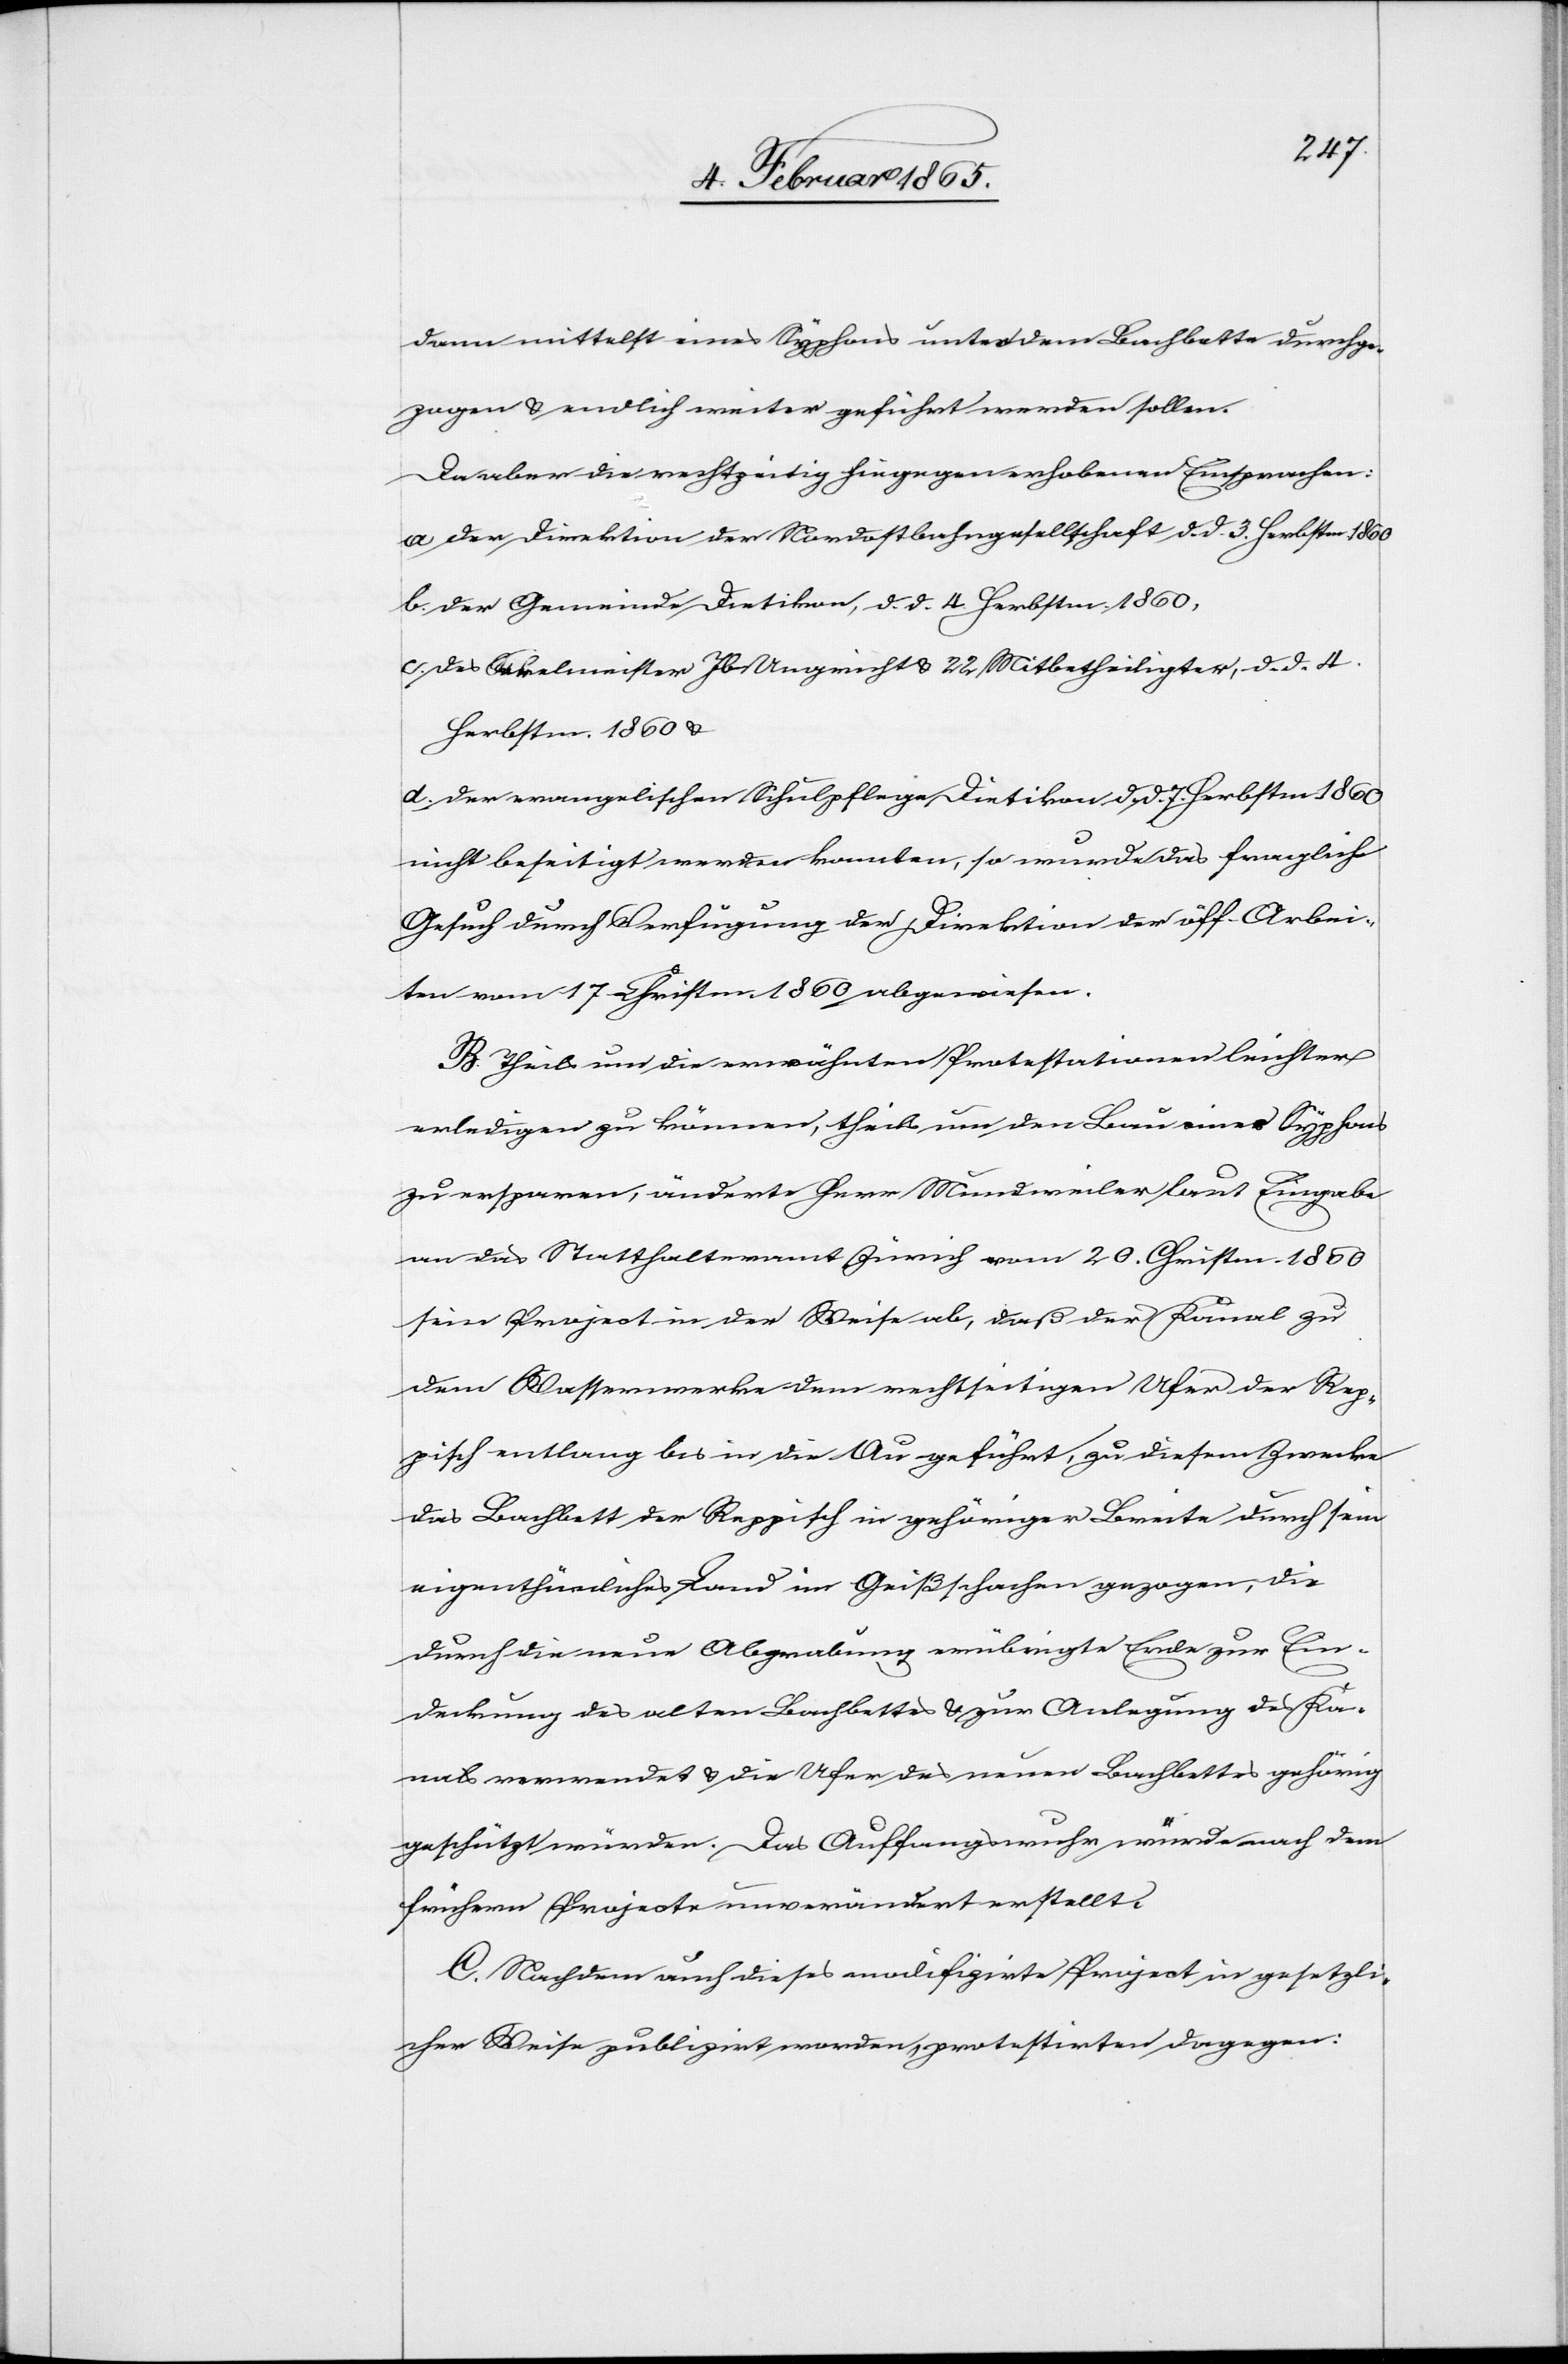
dann mittelst eines Syphons unter dem Bachbette durchge¬
zogen u. endlich weiter geführt werden sollen.
Da aber die rechtzeitig hiegegen erhobenen Einsprachen:
a. der Direktion der Nordostbahngesellschaft d. d. 3. Herbstm. 1860
b. der Gemeinde Dietikon, d. d. 4. Herbstm. 1860.
c. des Sekelmeister Jb Ungricht u. 22 Mitbetheiligter, d. d. 4.
Herbstm. 1860 u.
d. der evangelischen Schulpflege Dietikon d. d. 7. Herbstm. 1860
nicht beseitigt werden konnten, so wurde das fragliche
Gesuch durch Verfügung der Direktion der öff. Arbei¬
ten vom 17. Christm. 1860 abgewiesen.
B. Theils um die erwähnten Protestationen leichter
erledigen zu können, theils um den Bau eines Syphons
zu ersparen, änderte Herr Mundweiler laut Eingabe
an das Statthalteramt Zürich vom 20. Christm. 1860
sein Project in der Weise ab, daß der Kanal zu
dem Wasserwerke dem rechtseitigen Ufer der Rep¬
pisch entlang bis in die Au geführt, zu diesem Zwecke
das Bachbett der Reppisch in gehöriger Breite durch sein
eigenthümliches Land in Geißschachen gezogen, die
durch die neue Abgrabung erübrigte Erde zur Ein¬
deckung des alten Bachbettes u. zur Anlegung des Ka¬
nals verwendet u. die Ufer des neuen Bachbettes gehörig
geschützt würden. Das Auffangswuhr würde nach dem
frühern Projecte unverändert erstellt.
C. Nachdem auch dieses modifizirte Project in gesetzli¬
cher Weise publizirt worden, protestirten dagegen: